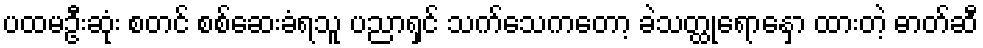
ပထမဦးဆုံး စတင် စစ်ဆေးခံရသူ ပညာရှင် သက်သေကတော့ ခဲသတ္ထုရောနှော ထားတဲ့ ဓာတ်ဆီ